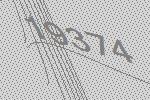
19374